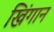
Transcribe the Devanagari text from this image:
खिंगान